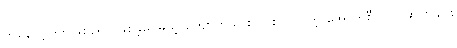
တူနေလို့ ဒွိဟဖြစ်စရာ ဖြစ်ခဲ့ပေမယ့် ကျောက်သားတွင်း ပါဝင်တဲ့ အောက်စီဂျင် ပမာဏချင်း